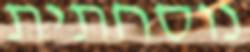
נוסחתית